Source: Handwritten
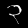
Digit: ၃ (3)